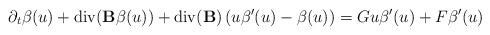
LaTeX: \begin{align*}\partial_t\beta(u)+\operatorname{div}(\mathbf{B}\beta(u))+\operatorname{div}(\mathbf{B})\left(u\beta'(u)-\beta(u)\right)=G u\beta'(u)+F\beta'(u)\end{align*}